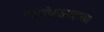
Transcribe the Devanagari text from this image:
कार्याध्यक्षपदाच्या